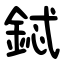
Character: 鋱